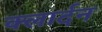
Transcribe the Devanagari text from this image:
क्लार्दन